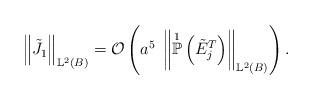
LaTeX: \begin{align*}\left\Vert \tilde{J_{1}} \right\Vert_{\mathbb{L}^{2}(B)} = \mathcal{O}\left(a^{5} \; \left\Vert \overset{1}{\mathbb{P}}\left(\tilde{E}_{j}^{T}\right) \right\Vert_{\mathbb{L}^{2}(B)} \right).\end{align*}